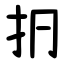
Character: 㧇